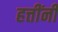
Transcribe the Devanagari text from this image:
हत्तींनी